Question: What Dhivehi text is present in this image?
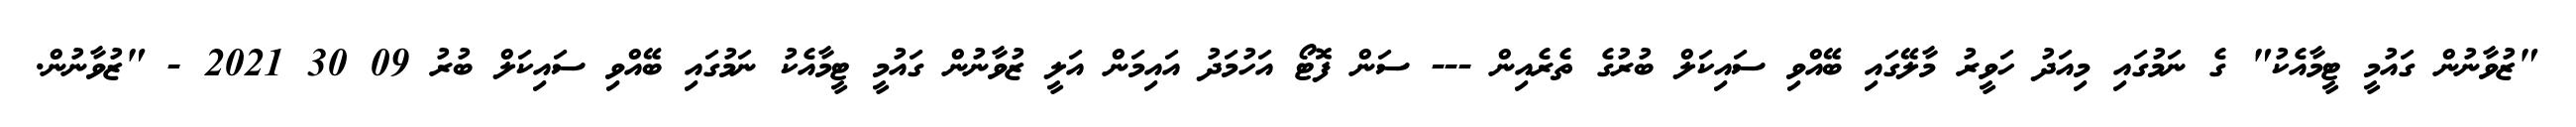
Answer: "ޒުވާނުން ގައުމީ ޓީމާއެކު" ގެ ނަމުގައި މިއަދު ހަވީރު މާލޭގައި ބޭއްވި ސައިކަލް ބުރުގެ ތެރެއިން --- ސަން ފޮޓޯ އަހުމަދު އައިމަން އަލީ ޒުވާނުން ގައުމީ ޓީމާއެކު ނަމުގައި ބޭއްވި ސައިކަލް ބުރު 09 30 2021 - "ޒުވާނުން.